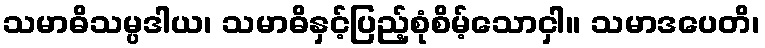
သမာဓိသမ္ပဒါယ၊ သမာဓိနှင့်ပြည့်စုံစိမ့်သောငှါ။ သမာဒပေတိ၊